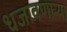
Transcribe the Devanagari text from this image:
धजावणाऱ्या